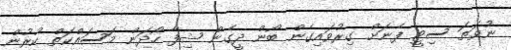
ނުވަތަ ސިޓީ ފެނަށް ގިރުވައިގެން ބޯން ދީގެން ޝިފާ ހޯދަން މަސައްކަތް ކުރުން